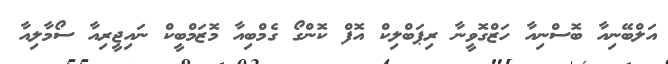
އަލްބޭނިއާ ބޮސްނިއާ ހަޒްގޮވީނާ ރިޕަބްލިކް އޮފް ކޮންގޯ ގެމްބިއާ މޮޒަމްބީކް ނައިޖީރިއާ ސޯމާލިއާ